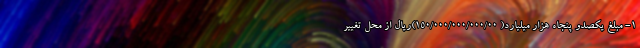
۱- مبلغ یکصدو پنجاه هزار میلیارد( ۱۵۰/۰۰۰/۰۰۰/۰۰۰/۰۰)ریال از محل تغییر